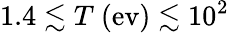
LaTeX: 1.4\lesssim T~\mathrm{(ev)\lesssim 10^{2}}